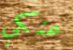
عنكي